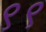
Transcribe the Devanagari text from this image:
९९